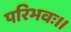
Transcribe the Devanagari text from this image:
परिभवः।।